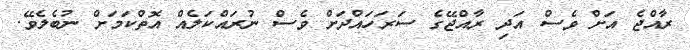
ރާއްޖެ އަށް ވެސް އަދި ރާއްޖޭގެ ސަރަހައްދަށް ވެސް ނުރައްކަލެއް އޮތްކަމަށް ނުބެލެވޭ.